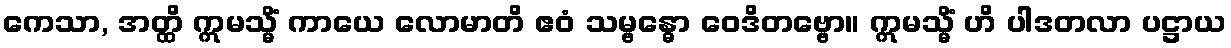
ကေသာ, အတ္ထိ ဣမသ္မိံ ကာယေ လောမာတိ ဧဝံ သမ္ဗန္ဓော ဝေဒိတဗ္ဗော။ ဣမသ္မိံ ဟိ ပါဒတလာ ပဋ္ဌာယ